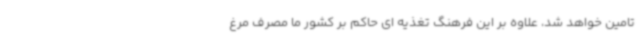
تامین خواهد شد، علاوه بر این فرهنگ تغذیه ای حاکم بر کشور ما مصرف مرغ